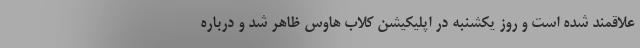
علاقمند شده است و روز یکشنبه در اپلیکیشن کلاب هاوس ظاهر شد و درباره